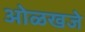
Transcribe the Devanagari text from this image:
ओळखजे